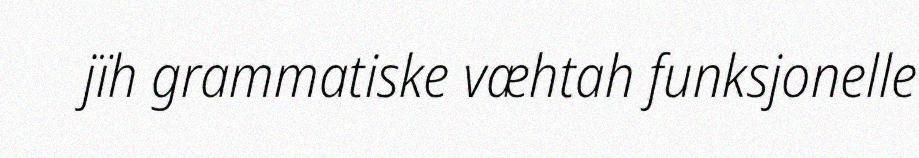
jïh grammatiske væhtah funksjonelle